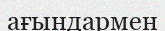
ағындармен